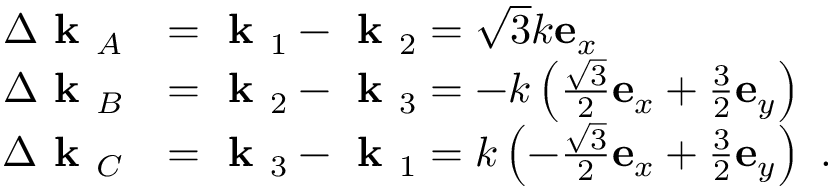
\begin{array} { r l } { \Delta \textbf { k } _ { A } } & { = \textbf { k } _ { 1 } - \textbf { k } _ { 2 } = \sqrt { 3 } k \mathbf { e } _ { x } } \\ { \Delta \textbf { k } _ { B } } & { = \textbf { k } _ { 2 } - \textbf { k } _ { 3 } = - k \left( \frac { \sqrt { 3 } } { 2 } \mathbf { e } _ { x } + \frac { 3 } { 2 } \mathbf { e } _ { y } \right) } \\ { \Delta \textbf { k } _ { C } } & { = \textbf { k } _ { 3 } - \textbf { k } _ { 1 } = k \left( - \frac { \sqrt { 3 } } { 2 } \mathbf { e } _ { x } + \frac { 3 } { 2 } \mathbf { e } _ { y } \right) \ . } \end{array}